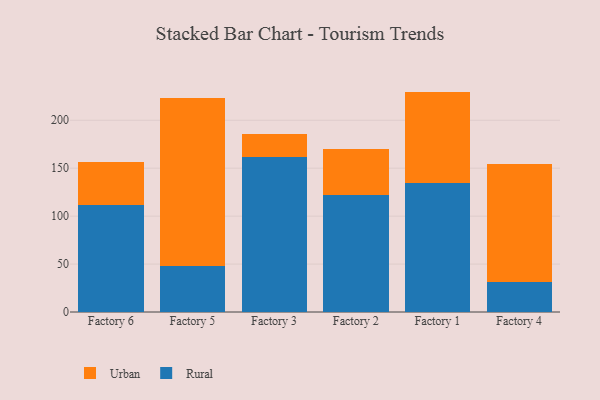
{"axis": {"x": "Factory", "y": "Temperature (°C)"}, "legend": ["Rural", "Urban"], "data": [{"x": "Factory 6", "y": 111.6, "type": "Rural"}, {"x": "Factory 6", "y": 44.5, "type": "Urban"}, {"x": "Factory 5", "y": 48.1, "type": "Rural"}, {"x": "Factory 5", "y": 175.2, "type": "Urban"}, {"x": "Factory 3", "y": 161.4, "type": "Rural"}, {"x": "Factory 3", "y": 24.2, "type": "Urban"}, {"x": "Factory 2", "y": 121.9, "type": "Rural"}, {"x": "Factory 2", "y": 48.0, "type": "Urban"}, {"x": "Factory 1", "y": 134.9, "type": "Rural"}, {"x": "Factory 1", "y": 95.0, "type": "Urban"}, {"x": "Factory 4", "y": 31.6, "type": "Rural"}, {"x": "Factory 4", "y": 123.2, "type": "Urban"}]}